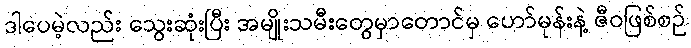
ဒါပေမဲ့လည်း သွေးဆုံးပြီး အမျိုးသမီးတွေမှာတောင်မှ ဟော်မုန်းနဲ့ ဇီဝဖြစ်စဉ်